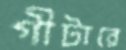
গীটারে